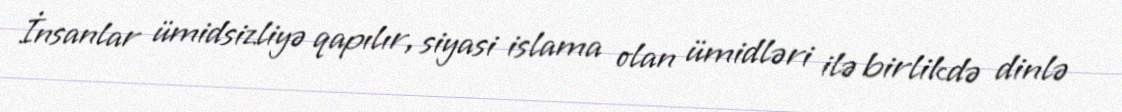
İnsanlar ümidsizliyə qapılır, siyasi islama olan ümidləri ilə birlikdə dinlə